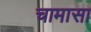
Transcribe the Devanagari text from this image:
चामासा